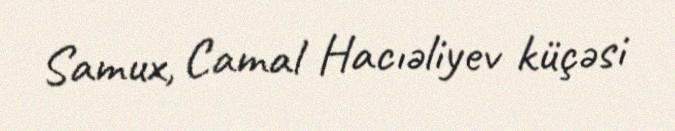
Samux, Camal Hacıəliyev küçəsi